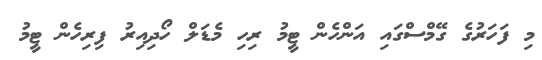
މި ފަހަރުގެ ގޭމްސްގައި އަންހެން ޓީމު ރިހި މެޑަލް ހޯދިއިރު ފިރިހެން ޓީމު